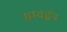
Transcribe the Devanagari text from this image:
सम्वर्द्धन